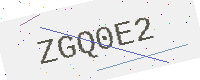
Text: ZGQ0E2